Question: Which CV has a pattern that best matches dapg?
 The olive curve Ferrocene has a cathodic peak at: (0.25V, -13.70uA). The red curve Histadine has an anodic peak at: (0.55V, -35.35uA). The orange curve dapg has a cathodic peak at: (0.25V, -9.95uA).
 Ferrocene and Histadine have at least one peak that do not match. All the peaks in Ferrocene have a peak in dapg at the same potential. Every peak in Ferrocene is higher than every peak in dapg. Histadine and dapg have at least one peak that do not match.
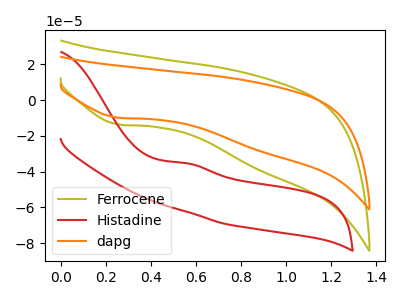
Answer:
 <answer>The CV with the most similar shape to "Ferrocene" is "dapg".</answer>
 <eval>"dapg"</eval>